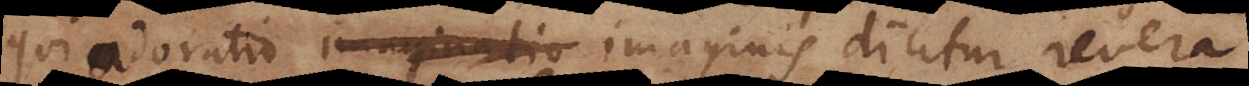
qui adoratio imaginis dicitur, revera